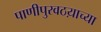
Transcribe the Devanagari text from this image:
पाणीपुरवठय़ाच्या